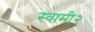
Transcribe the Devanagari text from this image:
स्वामी२